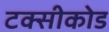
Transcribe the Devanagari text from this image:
टक्सीकोड